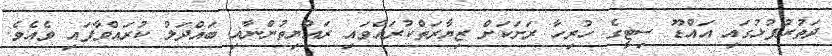
ދަތުރުފުޅުގައި އައްޑޫ ސިޓީގެ ހުރިހާ ރަށަކަށް ޒިޔާރަތްކުރައްވައި ރައްޔިތުންނާއި ބައްދަލު ކުރައްވާފައި ވެއެވެ.